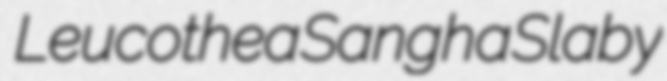
Leucothea Sangha Slaby